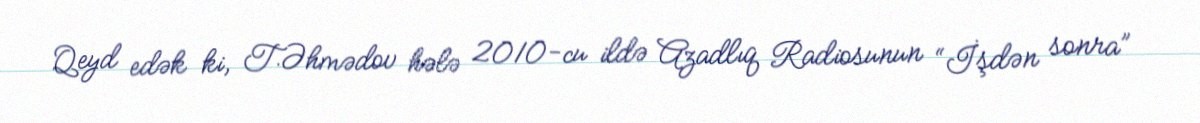
Qeyd edək ki, T.Əhmədov hələ 2010-cu ildə Azadlıq Radiosunun “İşdən sonra”